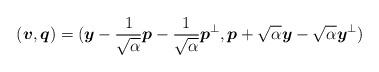
LaTeX: \begin{align*} (\boldsymbol{v},\boldsymbol{q}) = (\boldsymbol{y} - \frac{1}{\sqrt{\alpha}} \boldsymbol{p} - \frac{1}{\sqrt{\alpha}} \boldsymbol{p}^\perp, \boldsymbol{p} + \sqrt{\alpha} \boldsymbol{y} - \sqrt{\alpha} \boldsymbol{y}^\perp)\end{align*}